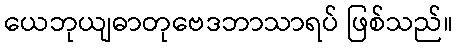
ယေဘုယျဓာတုဗေဒဘာသာရပ် ဖြစ်သည်။